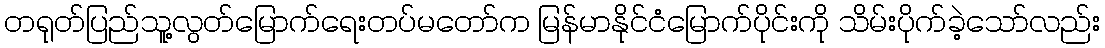
တရုတ်ပြည်သူ့လွတ်မြောက်ရေးတပ်မတော်က မြန်မာနိုင်ငံမြောက်ပိုင်းကို သိမ်းပိုက်ခဲ့သော်လည်း